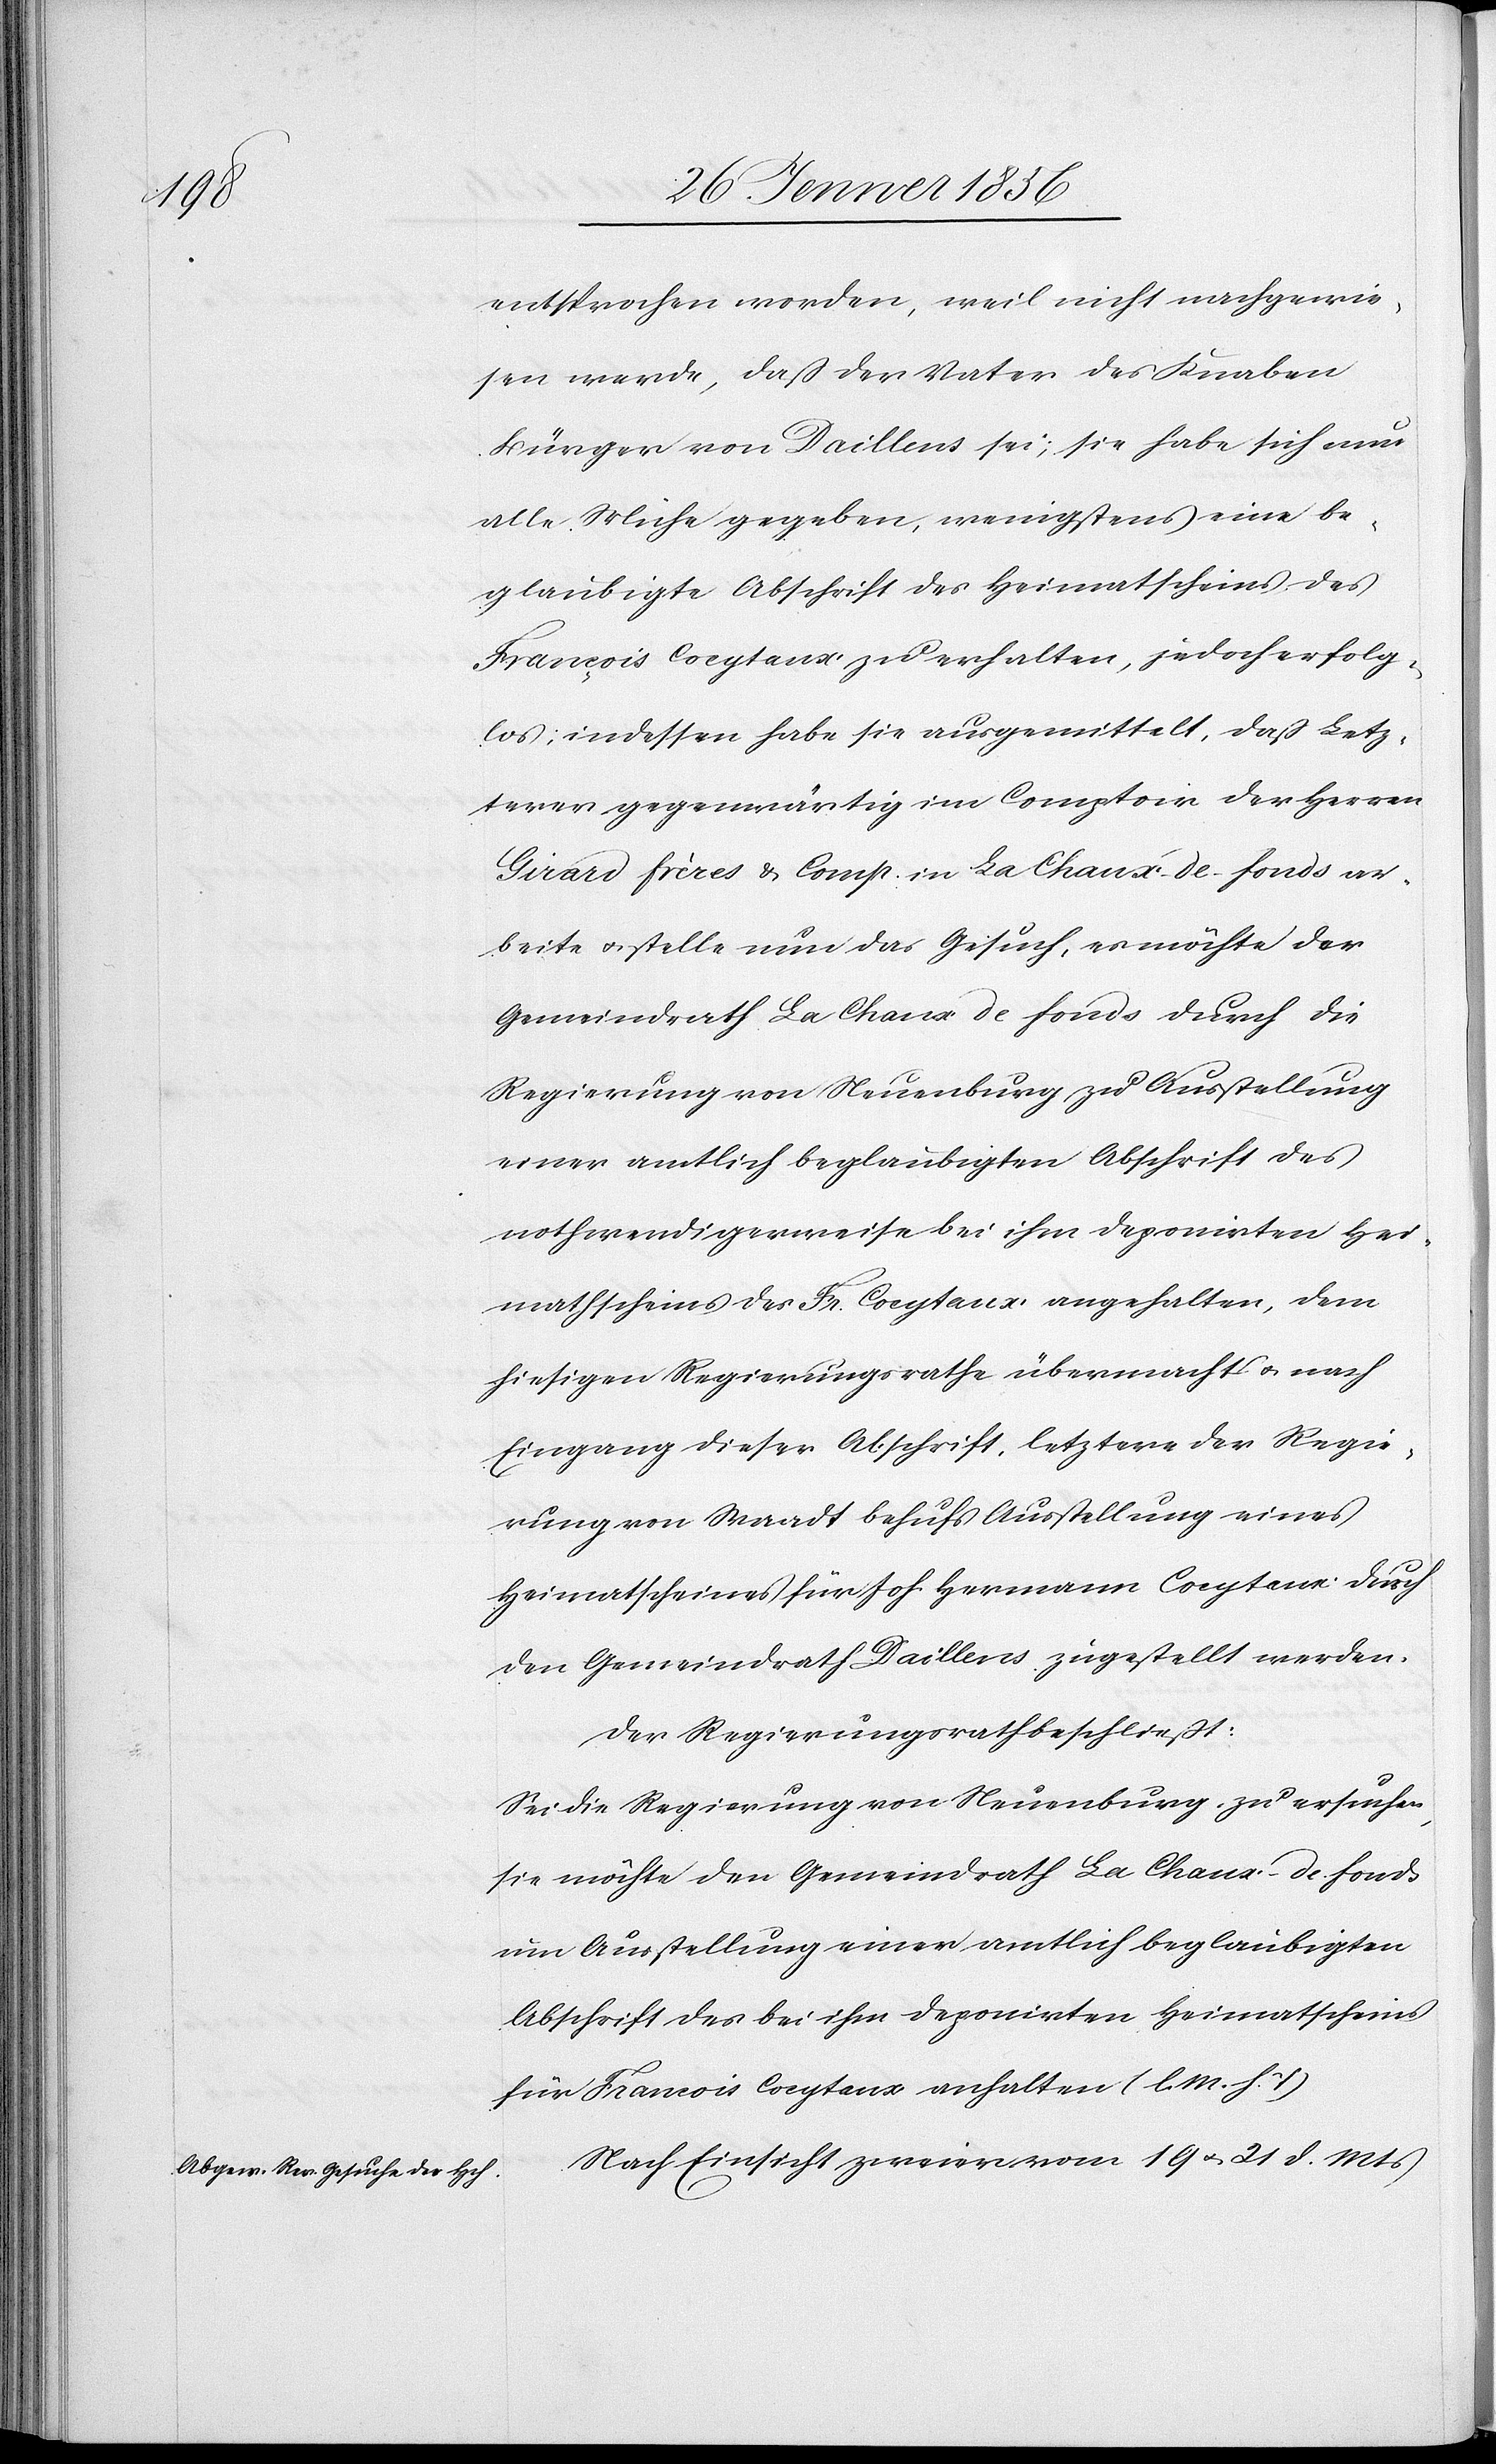
entsprochen worden, weil nicht nachgewie¬
sen werde, daß der Vater des Knaben
Bürger von Daillens sei; sie habe sich nun
alle Mühe gegeben, wenigstens eine be¬
glaubigte Abschrift des Heimatscheins des
François Coeytaux zu erhalten, jedoch erfolg¬
los; indessen habe sie ausgemittelt, daß Letz¬
terer gegenwärtig im Comptoir der Herren
Girard frères & Comp. in La Chaux-de-fonds ar¬
beite u. stelle nun das Gesuch, es möchte der
Gemeindrath La Chaux de fonds durch die
Regierung von Neuenburg zu Ausstellung
einer amtlich beglaubigten Abschrift des
nothwendigerweise bei ihm deponirten Hei¬
matscheins des Fr. Coeytaux angehalten, dem
hiesigen Regierungsrathe übermacht u. nach
Eingang dieser Abschrift, letztere der Regie¬
rung von Waadt behufs Ausstellung eines
Heimatscheines für Joh. Hermann Coeytaux durch
den Gemeindrath Daillens zugestellt werden.
Der Regierungsrath beschließt:
Sei die Regierung von Neuenburg zu ersuchen,
sie möchte den Gemeindrath La Chaux-de fonds
um Ausstellung einer amtlich beglaubigten
Abschrift des bei ihm deponirten Heimatscheins
für Francois [sic!] Coeytaux anhalten (l. M. h. T).
Nach Einsicht zweier vom 19 u. 21. d. Mts